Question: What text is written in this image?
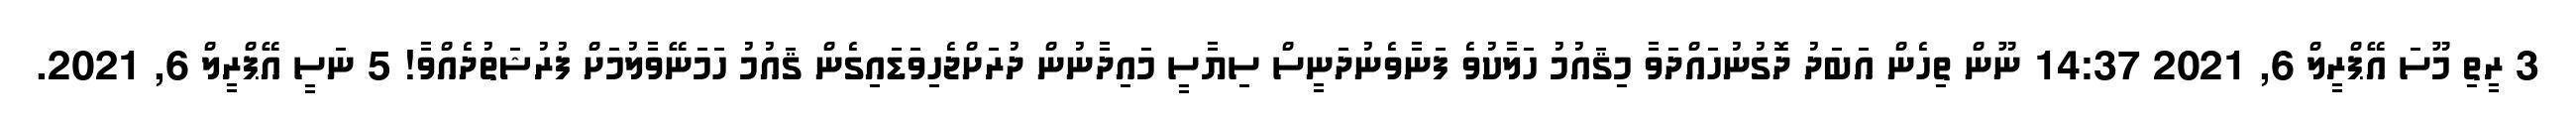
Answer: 3 ރީތި މޫސަ އޭޕްރީލް 6, 2021 14:37 ނޫން ތިހެން އަބަދު ދޮގުނުހައްދަވާ މިޤައުމު ހަލާކުވެ ފަނާވެނުދަނީސް ސިޔާސީ މައިދާނުން ދުރަށްޖެހިވަޑައިގެން ޤައުމު ހަމަނޭވާލުމަށް ފުރުޝަތުދެއްވާ! 5 ނަސީ އޭޕްރީލް 6, 2021.